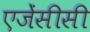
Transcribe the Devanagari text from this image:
एजेंसीसी